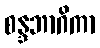
စန္ဒဘာဂိကာ